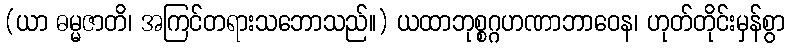
(ယာ ဓမ္မဇာတိ၊ အကြင်တရားသဘောသည်။) ယထာဘုစ္စဂ္ဂဟဏာဘာဝေန၊ ဟုတ်တိုင်းမှန်စွာ